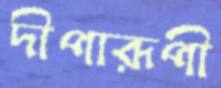
দীপারূপী